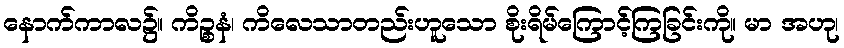
နောက်ကာလ၌။ ကိဉ္စနံ၊ ကိလေသာတည်းဟူသော စိုးရိမ်ကြောင့်ကြခြင်းကို။ မာ အဟု၊